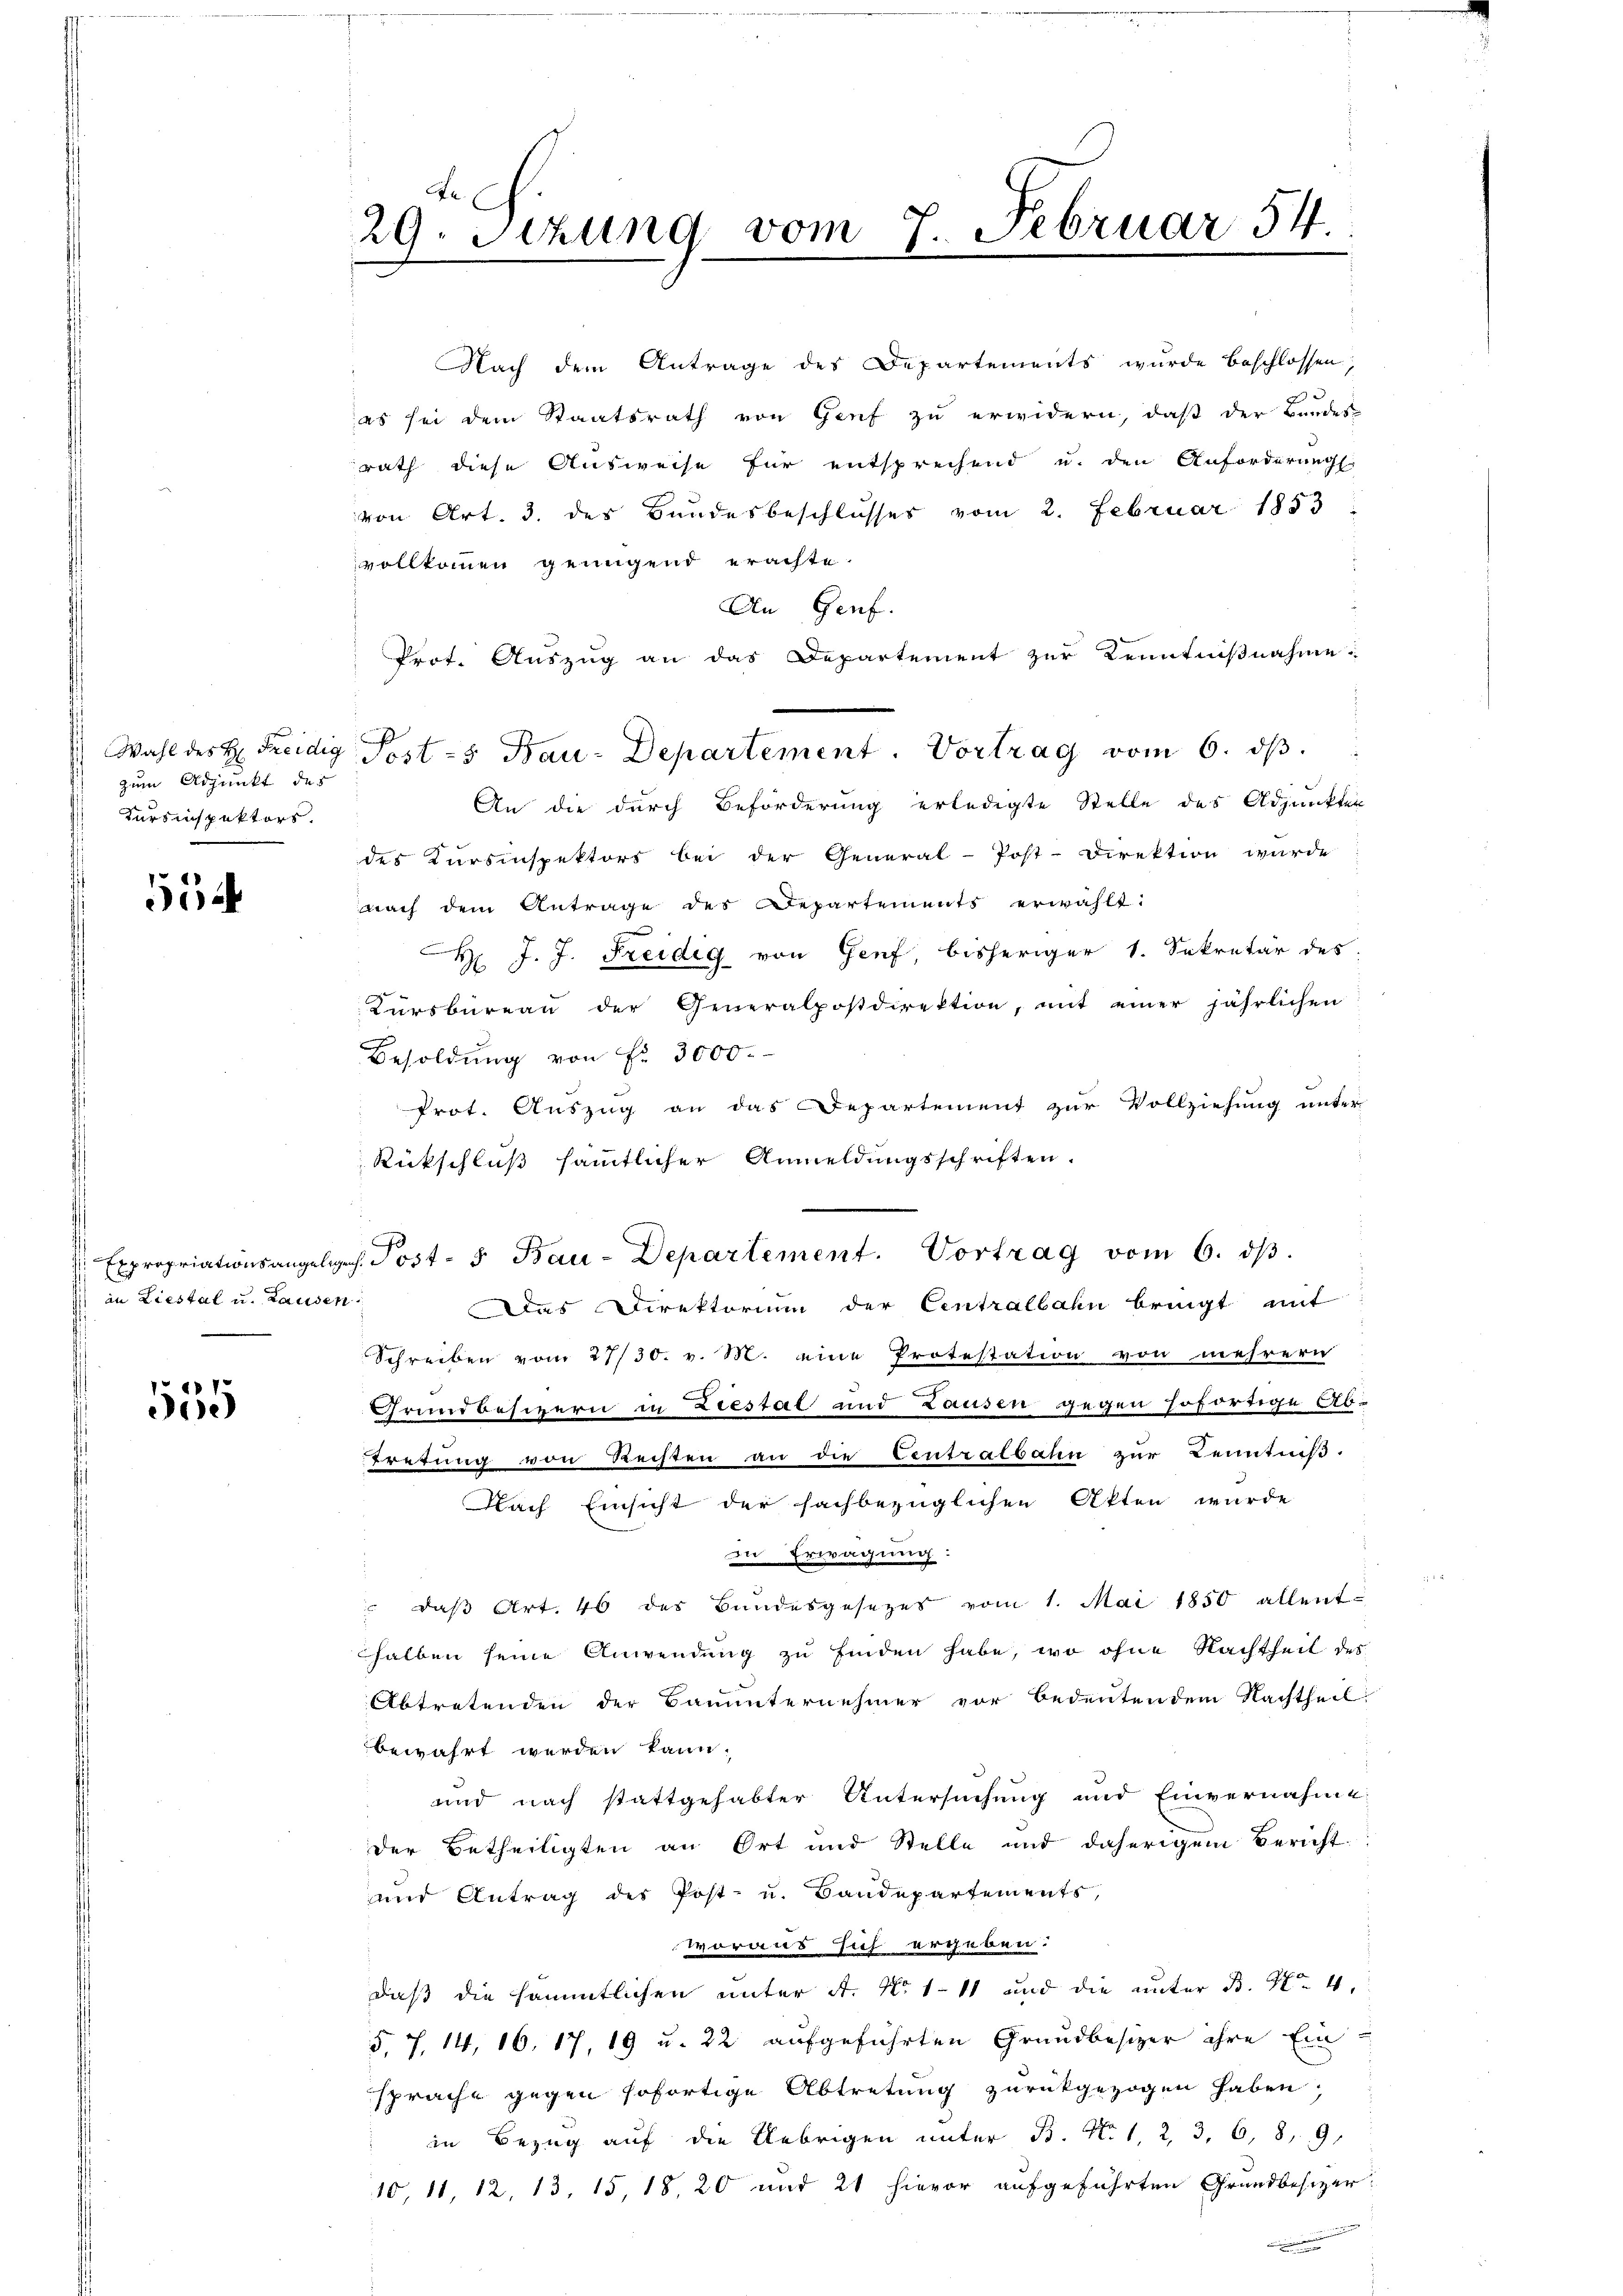
zum Adjunkt des
Kursinspektors.

554

an Liestal u. Lausen:

535

29. Sitzung vom 7. Februar 54.

Nach dem Antrage des Departements wurde beschlossen,
es sei dem Staatsrath von Genf zu erwidern, daß der Bundes-
rath diese Ausweise für entsprechend u. den Anforderungs
von Art. 3. des Bundesbeschlusses vom 2. Februar 1853
vollkommen genügend erachte.
An Genf.
Prot. Auszug an das Departement zur Kenntnißnahme:
p
An die durch Beförderung erledigte Stelle des Adjunkter
des Kursinspektors bei der General-Post-Direktion wurde
nach dem Antrage des Departements erwählt:
H J. J. Freidig von Genf bisheriger 1. Sekretär des
Kŭrsbüreaŭ der Generalpostdirektion, mit einer jährlichen
Besoldung von Fr. 3000.
Prot. Auszug an das Departement zur Vollziehung unter
Rückschluß sämmtlicher Anmeldungsschriften.
 Expropriationsangelege. Post- 5. Bau-Departement. Vortrag vom 6. dβ.
Das Direktorium der Centralbahn bringt mit
Schreiben vom 27/30. v. M. eine Protestation von mehrern
Grundbesizern in Liestal und Lausen gegen sofortige Ab-
tretung von Rechten an die Centralbahn zur Kenntniß.
Nach Einsicht der sachbezüglichen Akten wurde
in Erwägung:
" daβ Art. 46 des Bundesgesezes vom 1. Mai 1850 allent-
halben seine Anwendung zu finden habe, wo ohne Nachtheit des
Abtretenden der Bauunternehmer vor bedeutendem Nachtheil.
bewahrt werden kann.
und nach stattgehabter Untersuchung und Einvernahme
der Betheiligten an Ort und Stelle und daherigem Bericht.
und Antrag des Post- u. Baudepartements,
woraus sich ergeben:
daß die sämmtlichen unter A. No. 111 und die unter B. No 4.
5, 7. 14, 16. 17, 19 u. 22 aufgeführten Grundbesizer ihre Einsprache gegen sofortige Abtretung zurückgezogen haben;
in Bezug auf die Uebrigen unter B. Nr. 1, 2, 3, 6, 8, 9
10, 11, 12, 13, 15, 18, 20 und 21 hievor aufgeführten Grundbesizer.

Wahl des H: Freidig Post - Bau-Departement. Vortrag vom 6. ds.